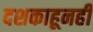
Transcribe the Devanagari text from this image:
दशकाहूनही